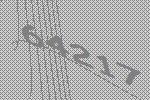
64217